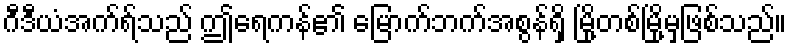
ဂီဒီယံအက်ရ်သည် ဤရေကန်၏ မြောက်ဘက်အစွန်ရှိ မြို့တစ်မြို့မှဖြစ်သည်။